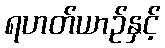
ရဟတ်ယာဉ်နှင့်